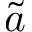
\tilde { a }